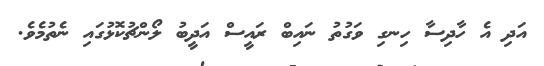
އަދި އެ ހާދިސާ ހިނގި ވަގުތު ނައިބް ރައީސް އަދީބު ލޯންޗުކޮޅުގައި ނެތުމެވެ.